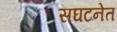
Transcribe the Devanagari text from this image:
सघटनेत